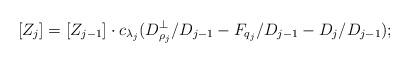
LaTeX: \begin{align*} [Z_j] = [Z_{j-1}]\cdot c_{\lambda_j}(D_{\rho_j}^\perp/D_{j-1}-F_{q_j}/D_{j-1}-D_j/D_{j-1});\end{align*}